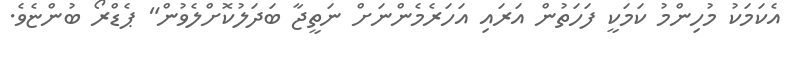
އެކަމަކު މުހިންމު ކަމަކީ ފަހަތުން އަރައި އަހަރެމެންނަށް ނަތީޖާ ބަދަލުކޮށްލެވުން" ޕެޑްރޯ ބުންޏެވެ.